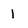
Character: 1